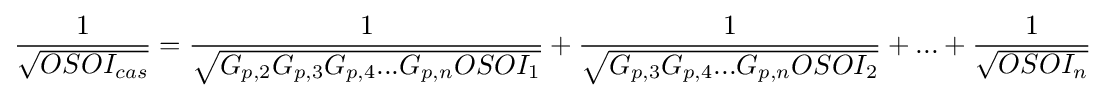
{\frac {1}{\sqrt {OSOI_{cas}}}}={\frac {1}{\sqrt {G_{p,2}G_{p,3}G_{p,4}...G_{p,n}OSOI_{1}}}}+{\frac {1}{\sqrt {G_{p,3}G_{p,4}...G_{p,n}OSOI_{2}}}}+...+{\frac {1}{\sqrt {OSOI_{n}}}}